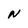
Character: N